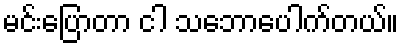
မင်းပြောတာ ငါ သဘောပေါက်တယ်။